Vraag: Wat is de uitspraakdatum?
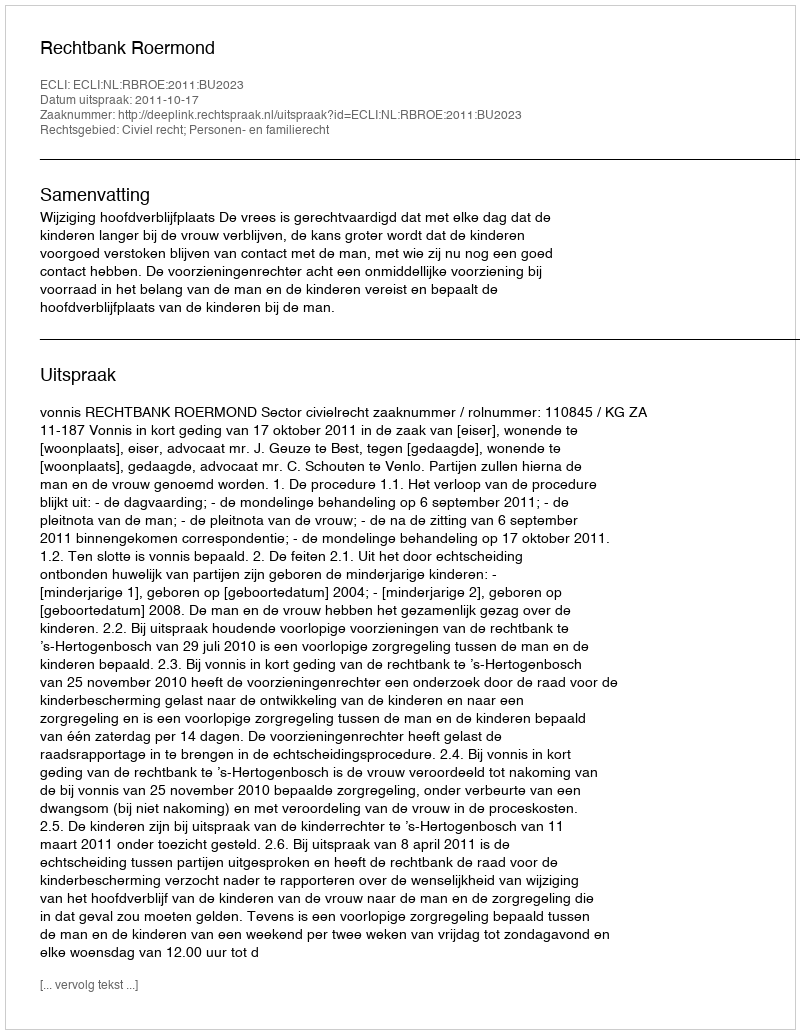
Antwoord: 2011-10-17